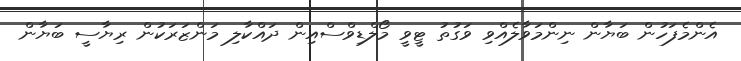
އެންމެފަހުން ބަޔާން ނިންމަވާލެއްވި ވަގުތު ޓީވީ މޯލްޑިވްސްއިން ދައްކާލި މަންޒަރަކުން ރިޔާސީ ބަޔާން